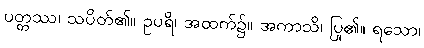
ပတ္တဿ၊ သပိတ်၏။ ဥပရိ၊ အထက်၌။ အကာသိ၊ ပြု၏။ ရသော၊